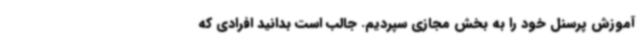
آموزش پرسنل خود را به بخش مجازی سپردیم. جالب است بدانید افرادی که